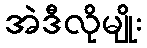
အဲဒီလိုမျိုး